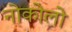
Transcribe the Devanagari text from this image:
नोकोलो